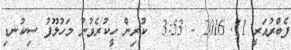
ފެބްރުއަރީ 11